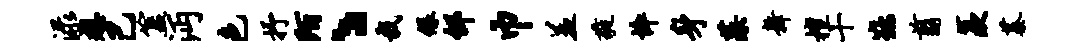
渌想己簋沔色抒陌丶栽绿邰巾羞蕤悴身藻舞檀十鞍翦羡蓁